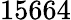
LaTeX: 15664